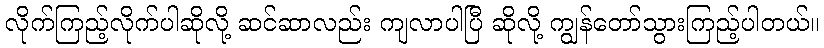
လိုက်ကြည့်လိုက်ပါဆိုလို့ ဆင်ဆာလည်း ကျလာပါပြီ ဆိုလို့ ကျွန်တော်သွားကြည့်ပါတယ်။